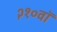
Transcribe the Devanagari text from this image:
२१०वॉ